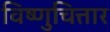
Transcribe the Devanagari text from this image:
विष्णुचित्तार